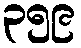
၃၅၉